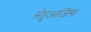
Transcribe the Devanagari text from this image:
सेप्तुआजिन्त